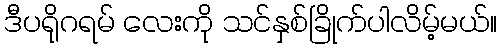
ဒီပရိုဂရမ် လေးကို သင်နှစ်ခြိုက်ပါလိမ့်မယ်။